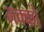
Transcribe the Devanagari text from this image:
नक्को